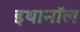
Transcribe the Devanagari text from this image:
इथानॉल